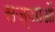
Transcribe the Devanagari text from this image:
सज्ञाओं